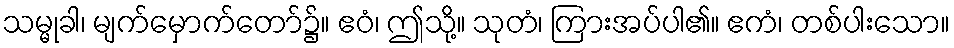
သမ္မုခါ၊ မျက်မှောက်တော်၌။ ဧဝံ၊ ဤသို့။ သုတံ၊ ကြားအပ်ပါ၏။ ဧကံ၊ တစ်ပါးသော။